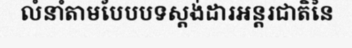
លំនាំតាមបែបបទស្តង់ដារអន្តរជាតិនៃ